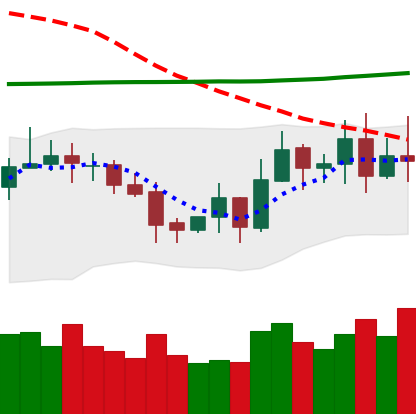
Ticker: EOS-USD
Chart end date: 2020-10-28
Forward return: -8.437%
Label: down_7plus